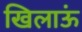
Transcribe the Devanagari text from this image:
खिलाऊं